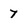
Character: 7